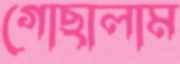
গোছালাম